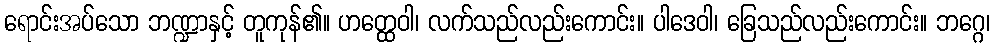
ရောင်းအပ်သော ဘဏ္ဍာနှင့် တူကုန်၏။ ဟတ္ထေဝါ၊ လက်သည်လည်းကောင်း။ ပါဒေဝါ၊ ခြေသည်လည်းကောင်း။ ဘဂ္ဂေ၊